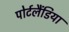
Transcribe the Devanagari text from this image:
पोर्टलैंडिया